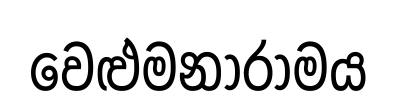
වෙළුමනාරාමය